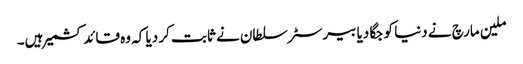
ملین مارچ نے دنیا کو جگا دیا بیرسٹر سلطان نے ثابت کر دیا کہ وہ قائد کشمیر ہیں۔